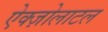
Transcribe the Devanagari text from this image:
ऐक्ज़ोलाटल